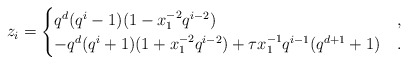
\begin{align*} z_i = \begin{cases} q^d (q^i-1)(1 - x_1^{-2} q^{i-2}) & , \\ - q^d (q^i+1) (1 + x_1^{-2} q^{i-2}) + \tau x_1^{-1} q^{i-1}(q^{d+1}+1) & . \end{cases} \end{align*}